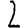
Digit: 2